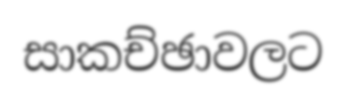
සාකච්ඡාවලට